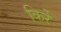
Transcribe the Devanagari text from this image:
किर्रे